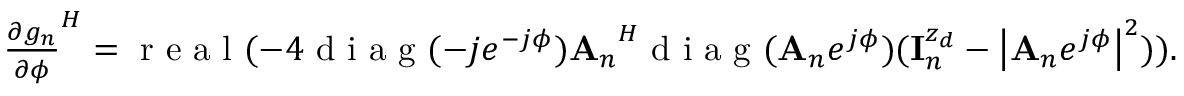
\begin{array} { r } { { \frac { \partial g _ { n } } { \partial \phi } } ^ { H } = \mathrm { ~ r ~ e ~ a ~ l ~ } ( - 4 \mathrm { ~ d ~ i ~ a ~ g ~ } ( - j e ^ { - j \phi } ) { { \bf A } _ { n } } ^ { H } \mathrm { ~ d ~ i ~ a ~ g ~ } ( { { \bf A } _ { n } } e ^ { j \phi } ) ( { \bf { I } } _ { n } ^ { z _ { d } } - \left| { { \bf A } _ { n } } e ^ { j \phi } \right| ^ { 2 } ) ) . } \end{array}